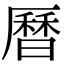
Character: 曆